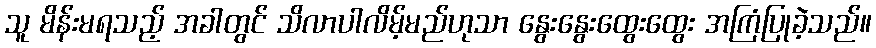
သူ မိန်းမရသည့် အခါတွင် သိလာပါလိမ့်မည်ဟုသာ နွေးနွေးထွေးထွေး အကြံပြုခဲ့သည်။